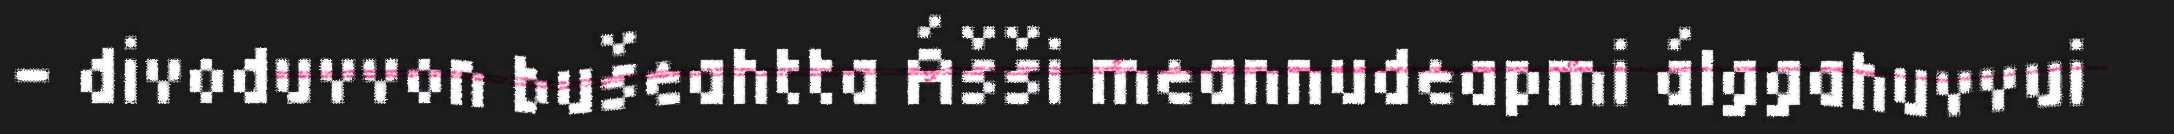
- divoduvvon bušeahtta Ášši meannudeapmi álggahuvvui